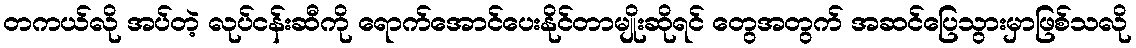
တကယ်လို အပ်တဲ့ လုပ်ငန်းဆီကို ရောက်အောင်ပေးနိုင်တာမျိုးဆိုရင် တွေအတွက် အဆင်ပြေသွားမှာဖြစ်သလို